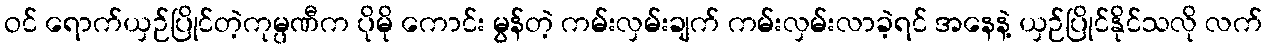
ဝင် ရောက်ယှဉ်ပြိုင်တဲ့ကုမ္ပဏီက ပိုမို ကောင်း မွန်တဲ့ ကမ်းလှမ်းချက် ကမ်းလှမ်းလာခဲ့ရင် အနေနဲ့ ယှဉ်ပြိုင်နိုင်သလို လက်